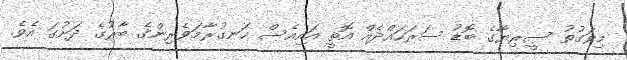
މިވަގުތު ސީރިޔާގެ ބޮޑު ސަރަހައްދެއް އޮތީ އައިއެސް ހަނގުރާމަވެރިންގެ ބާރުގެ ދަށުގަ އެވެ.